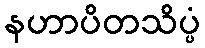
နဟာပိတသိပ္ပံ